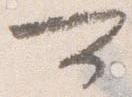
可